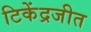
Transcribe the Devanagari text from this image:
टिकेंद्रजीत